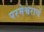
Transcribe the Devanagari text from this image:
परमेश्वराचें